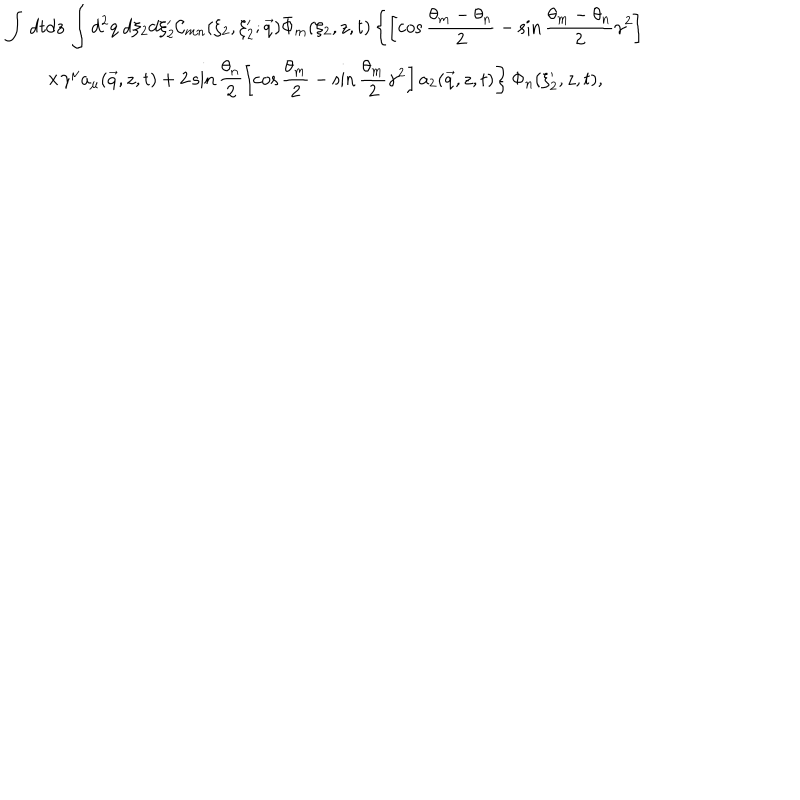
LaTeX: \begin{array} { c } { { { \displaystyle { \int \, d t d z \, \int d ^ { 2 } q \ d \xi _ { 2 } d \xi _ { 2 } ^ { \prime } { \mathcal { C } } _ { m n } ( \xi _ { 2 } , \xi _ { 2 } ^ { \prime } ; \vec { q } ) \bar { \Phi } _ { m } ( \xi _ { 2 } , z , t ) \left\{ \left[ \cos \frac { \theta _ { m } - \theta _ { n } } { 2 } - \sin \frac { \theta _ { m } - \theta _ { n } } { 2 } \gamma ^ { 2 } \right] \right. } } } } \\ { { { \displaystyle { \left. \times \gamma ^ { \mu } a _ { \mu } ( \vec { q } , z , t ) + 2 \sin \frac { \theta _ { n } } { 2 } \left[ \cos \frac { \theta _ { m } } { 2 } - \sin \frac { \theta _ { m } } { 2 } \gamma ^ { 2 } \right] a _ { 2 } ( \vec { q } , z , t ) \right\} \Phi _ { n } ( \xi _ { 2 } ^ { \prime } , z , t ) , } } } } \\ \end{array}